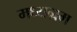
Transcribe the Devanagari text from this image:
मध्यग्रम